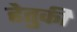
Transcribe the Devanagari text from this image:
हेतुकी